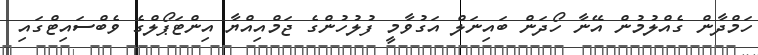
ހަމްދާން ގެއްލުމުން އޭނާ ހޯދަން ބައިނަލް އަގުވާމީ ފުލުހުންގެ ޖަމްއިއްޔާ އިންޓަޕޯލްގެ ވެބްސައިޓްގައި